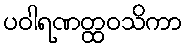
ပဝါရဏတ္ထဝသိကာ